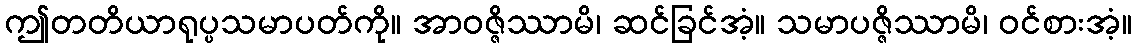
ဤတတိယာရုပ္ပသမာပတ်ကို။ အာဝဇ္ဇိဿာမိ၊ ဆင်ခြင်အံ့။ သမာပဇ္ဇိဿာမိ၊ ဝင်စားအံ့။